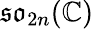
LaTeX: \mathfrak{so}_{2n}(\mathbb{C})